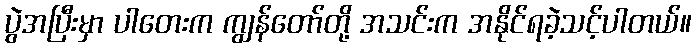
ပွဲအပြီးမှာ ပါတေးက ကျွန်တော်တို့ အသင်းက အနိုင်ရခဲ့သင့်ပါတယ်။